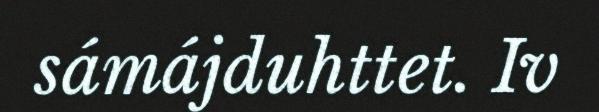
sámájduhttet. Iv